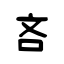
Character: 吝